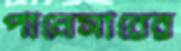
পানেসারের